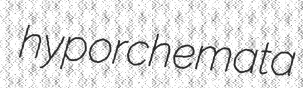
hyporchemata